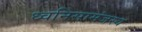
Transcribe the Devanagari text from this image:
ध्वनिसामंजस्य